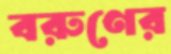
বরুণের